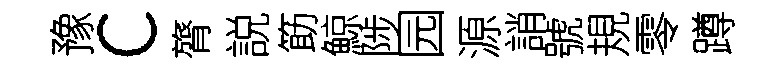
豫c膂説筯鯨陟园源誚號規零蹲